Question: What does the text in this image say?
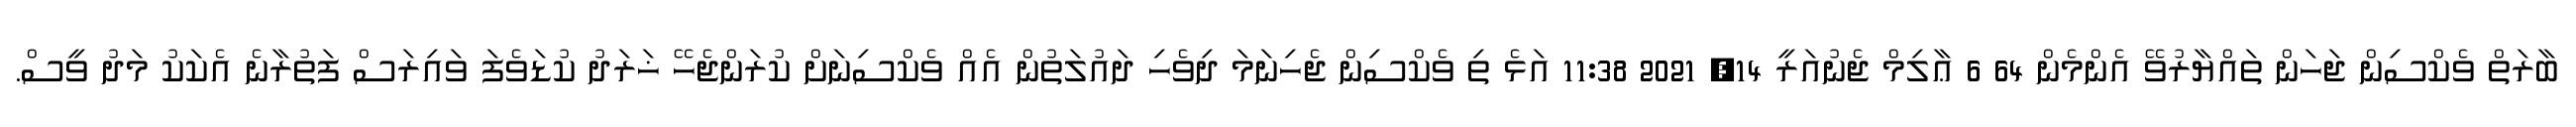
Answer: ބާރަތް ވެކްސިން ޖަހަން ތައްޔާރުވޭ އެންމެން 64 6 ޢާލިމް ޖެނުއަރީ 14, 2021 11:38 އަޅެ ތި ވެކްސިން ޖެހިނަމަ ދިވެހި ދައުލަތުން އެއް ވެކްސިނަށް ކުރަންޖެހޭ ޚަރަދު ކުޑަވެފަ ވައިރަސް ފަތުރާނެ އެކަކު މަދު ވީސް.